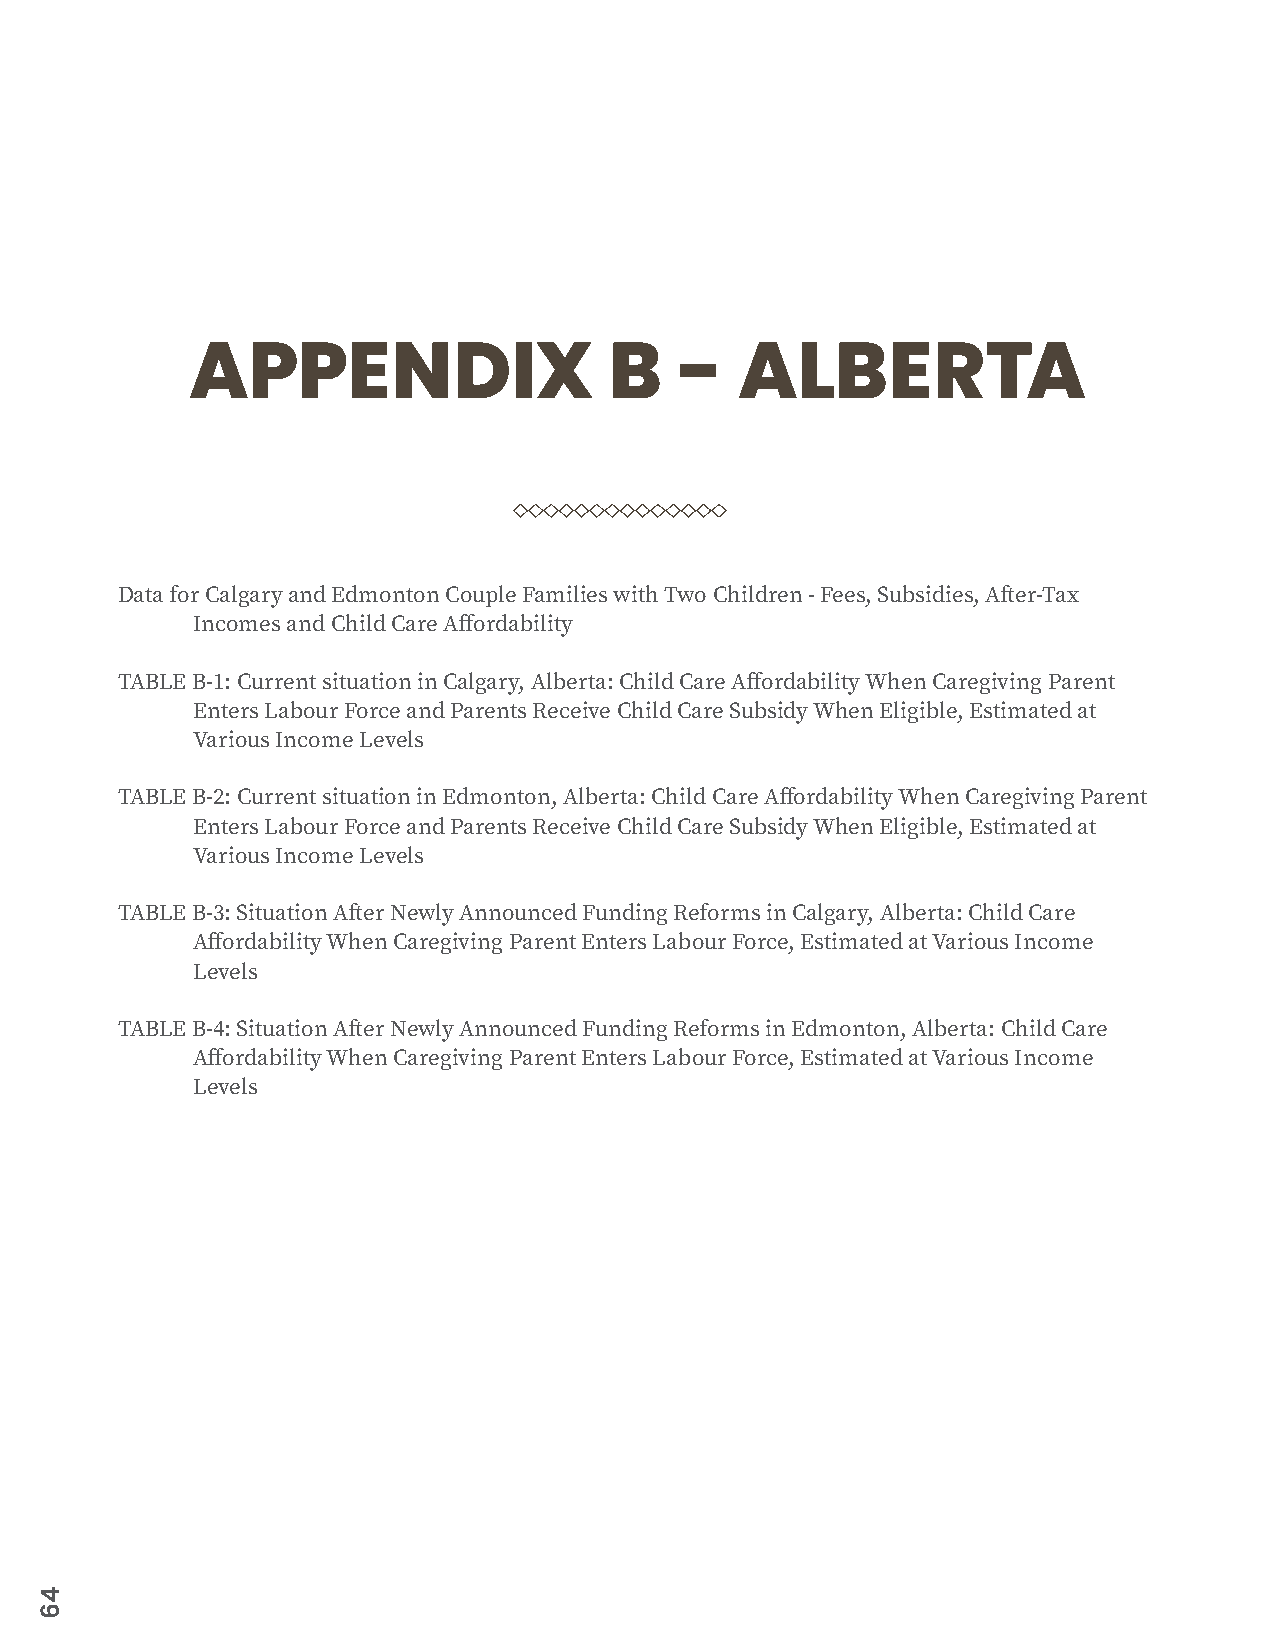
APPENDIX                   B    -   ALBERTA
 Data for Calgary and Edmonton Couple Families with Two Children - Fees, Subsidies, After-Tax
 Incomes and Child Care Affordability
 TABLE B-1: Current situation in Calgary, Alberta: Child Care Affordability When Caregiving Parent
 Enters Labour Force and Parents Receive Child Care Subsidy When Eligible, Estimated at
 Various Income Levels
 TABLE B-2: Current situation in Edmonton, Alberta: Child Care Affordability When Caregiving Parent
 Enters Labour Force and Parents Receive Child Care Subsidy When Eligible, Estimated at
 Various Income Levels
 TABLE B-3: Situation After Newly Announced Funding Reforms in Calgary, Alberta: Child Care
 Affordability When Caregiving Parent Enters Labour Force, Estimated at Various Income
 Levels
 TABLE B-4: Situation After Newly Announced Funding Reforms in Edmonton, Alberta: Child Care
 Affordability When Caregiving Parent Enters Labour Force, Estimated at Various Income
 Levels
 46